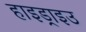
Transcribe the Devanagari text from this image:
हाइड्राइउ